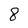
Character: 8